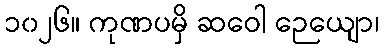
၁၀၂၆။ ကုဏပမှိ ဆဝေါ ဉေယျော၊